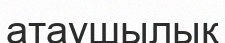
атаушылық